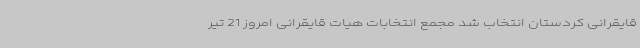
قایقرانی کردستان انتخاب شد مجمع انتخابات هیات قایقرانی امروز 21 تیر